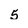
Character: 5